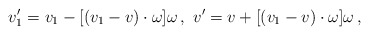
\begin{align*}\begin{aligned}v_1' = v_1 - [ (v_1 - v) \cdot \omega ] \omega \,, \ v' = v + [ (v_1 - v) \cdot \omega ] \omega \,,\end{aligned}\end{align*}